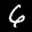
Label: 6